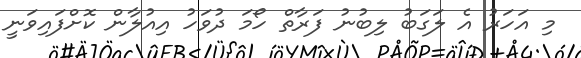
މި އަހަރު އެ ލަގަބު ލިބުނު ފަރާތް ހޯމަ ދުވަހު އިއުލާން ކޮށްފައިވަނީ